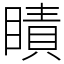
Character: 瞔